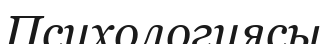
Психологиясы